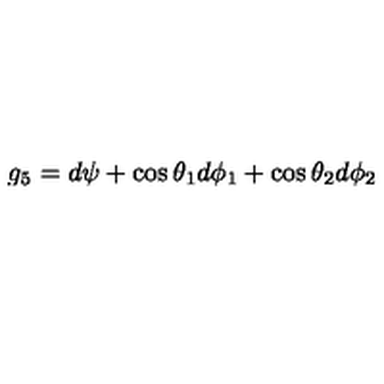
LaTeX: g _ { 5 } = d \psi + \cos \theta _ { 1 } d \phi _ { 1 } + \cos \theta _ { 2 } d \phi _ { 2 }